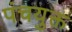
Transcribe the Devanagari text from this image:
पंचयुक्त